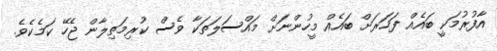
އާފުރުމަކީ ބައެއް ފަހަރަށް ބައެއް މީހުންނަށް މައްސަލަތަކާ ވެސް ކުރިމަތިލާން ޖެހޭ ކަމެކެވެ.